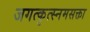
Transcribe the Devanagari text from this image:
जगत्कृत्स्नमसक्ता